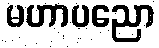
မဟာပညော